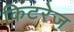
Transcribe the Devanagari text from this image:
किटरेज